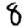
Digit: 8